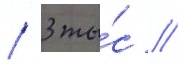
/ 3 ты́с //